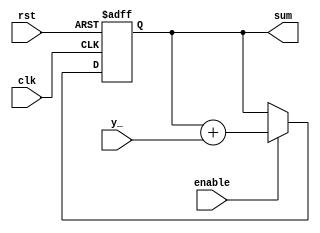
module accumulator #(
    parameter Nbr = 4
)(
    clk,
    rst,
    enable,
    y_,
    sum
);
    input clk, rst;
    input enable;

    input [(Nbr-1):0] y_;
    output [(2*Nbr-1):0] sum;

    reg [(2*Nbr-1):0] sum;

    always @(posedge clk or negedge rst) begin
        if (!rst) begin
            sum <= 'd0;
        end else begin
            if (enable) begin
                sum <= sum + y_;
            end
        end
    end

endmodule

/*
module accumulator_x2sync #(
    parameter Nbr = 4
)(
    clk,
    rst,
    enable,
    x_square,
    y_,
    sum
);
    input clk, rst;
    input enable;

    input [(2*Nbr-1):0] x_square;
    input [(Nbr-1):0] y_;
    output [(2*Nbr-1):0] sum;
    
    reg [(2*Nbr-1):0] x_square_old;
    reg [(2*Nbr-1):0] y_old;
    reg [(2*Nbr-1):0] sum;

    always @(posedge clk or negedge rst) begin
        if (!rst) begin
            x_square_old <= x_square;
            y_old <= y_;
            sum <= 'd0;
        end else begin
            //if (enable && (x_square_old != x_square)) begin
            if (x_square_old != x_square) begin
                x_square_old <= x_square;
                //sum <= sum + y_;
                sum <= sum + y_old;
                y_old <= y_;
            end
        end
    end

endmodule
*/